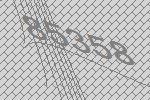
85358